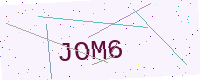
Text: JOM6